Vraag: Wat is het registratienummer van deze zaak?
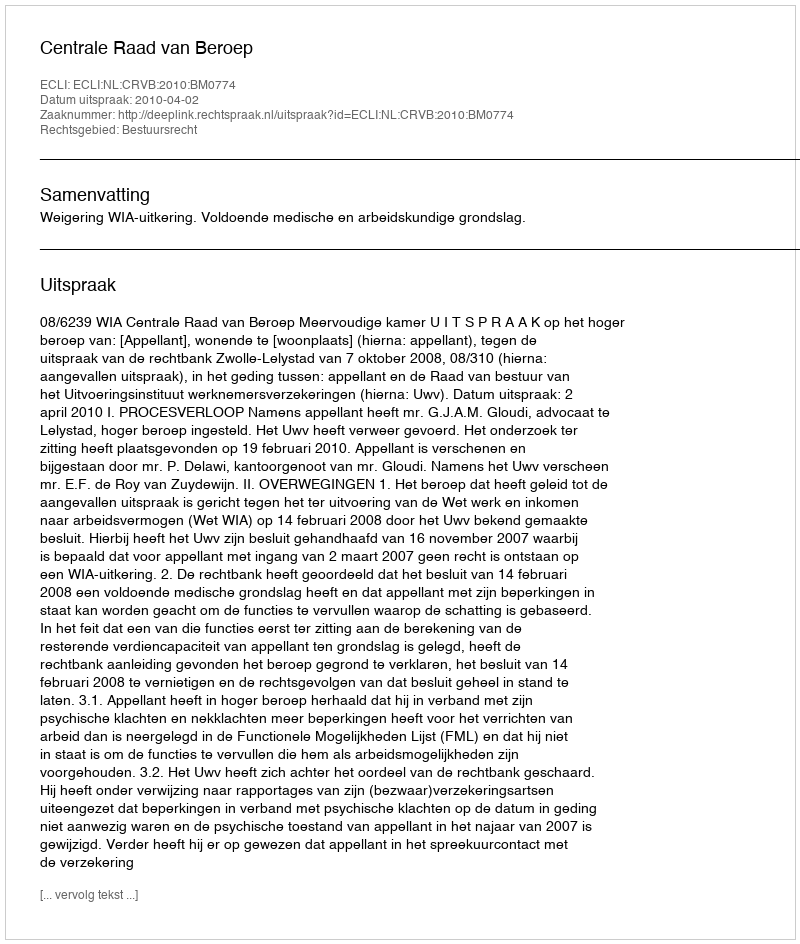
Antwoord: http://deeplink.rechtspraak.nl/uitspraak?id=ECLI:NL:CRVB:2010:BM0774